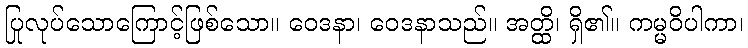
ပြုလုပ်သောကြောင့်ဖြစ်သော။ ဝေဒနာ၊ ဝေဒနာသည်။ အတ္ထိ၊ ရှိ၏။ ကမ္မဝိပါကာ၊